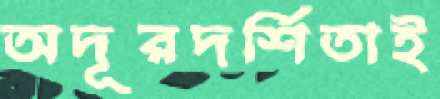
অদূরদর্শিতাই